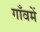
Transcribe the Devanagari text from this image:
गाँवमें